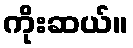
ကိုးဆယ်။